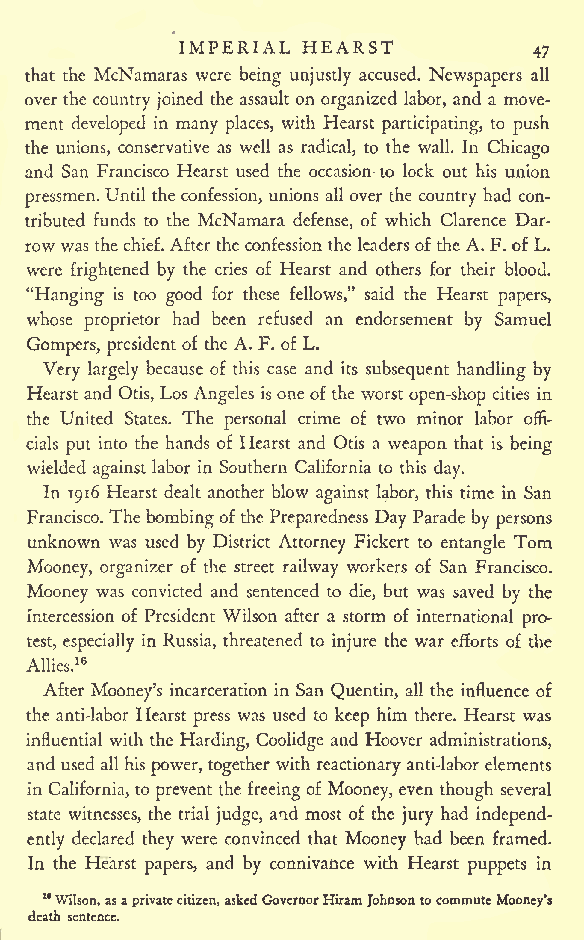
IMPERIAL HEARST
 47
 that the McNamaras were being unjustly accused. Newspapers all
 over the country joined the assault on organized labor, and a move-
 ment developed in many places, with Hearst participating, to push
 the unions, conservative as well as radical, to the wall. In Chicago
 and San Francisco Hearst used the occasion to lock out his union
 pressmen. Until the confession, unions all over the country had con-
 tributed funds to the McNamara defense, of which Clarence Dar-
 rowwas thechief. Afterthe confessionthe leadersof the A.F. of L.
 were frightened by the cries of Hearst and others for their blood.
 "Hanging is too good for these fellows," said the Hearst papers,
 whose proprietor had been refused an endorsement by Samuel
 Gompers, president of the A. F. of L.
 Very largely because of this case and its subsequent handling by
 Hearst and Otis, Los Angeles isoneof the worst open-shop cities in
 the United States. The personal crime of two minor labor offi-
 cials put into the hands of Hearst and Otis a weapon that is being
 wielded against labor in Southern California to this day.
 In 1916 Hearst dealt another blow against labor, this time in San
 Francisco. The bombingof the Preparedness Day Parade by persons
 unknown was used by District Attorney Fickert to entangle Tom
 Mooney, organizer of the street railway workers of San Francisco.
 Mooney was convicted and sentenced to die, but was saved by the
 intercession of President Wilson after a storm of international pro-
 test, especially in Russia, threatened to injure the war efforts of the
 Allies.16
 After Mooney's incarceration in San Quentin, all the influence of
 the anti-labor Hearst press was used to keep him there. Hearst was
 influential with the Harding, Coolidge and Hoover administrations,
 and used all his power, together with reactionaryanti-labor elements
 in California, to prevent the freeingof Mooney, even though several
 state witnesses, the trial judge, and most of the jury had independ-
 ently declared they were convinced that Mooney had been framed.
 In the Hearst papers, and by connivance with Hearst puppets in
 19Wilson,asaprivatecitizen,askedGovernorHiramJohnsontocommuteMooney's
 death sentence.